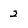
Character: 2